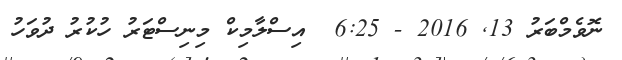
ނޮވެމްބަރު 13